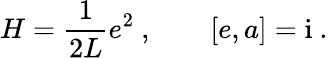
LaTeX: H=\frac{1}{2L}e^{2}\ ,\qquad[e,a]=\mathrm{i}\ .